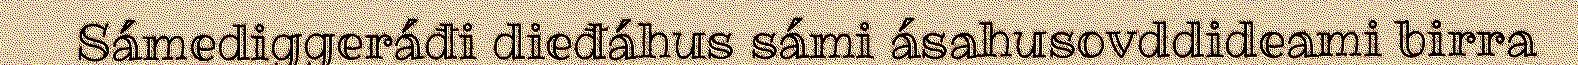
Sámediggeráđi dieđáhus sámi ásahusovddideami birra